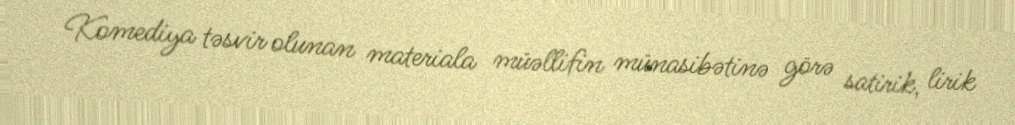
Komediya təsvir olunan materiala müəllifin münasibətinə görə satirik, lirik